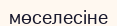
мөселесіне